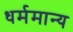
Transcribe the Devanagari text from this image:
धर्ममान्य